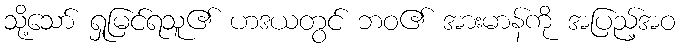
သို့သော် ရှုမြင်ရသူ၏ ဟဒယတွင် ဘဝ၏ အားမာန်ကို အပြည့်အဝ